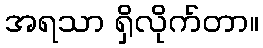
အရသာ ရှိလိုက်တာ။